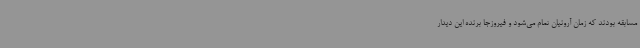
مسابقه بودند که زمان آرونیان تمام می‌شود و فیروزجا برنده این دیدار